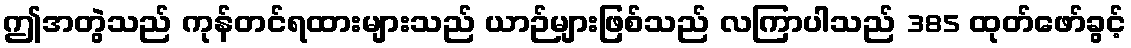
ဤအတွဲသည် ကုန်တင်ရထားများသည် ယာဉ်များဖြစ်သည် လကြာပါသည် 385 ထုတ်ဖော်ခွင့်